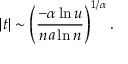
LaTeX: | t | \sim \left( { \frac { - \alpha \ln u } { n a \ln n } } \right) ^ { 1 / \alpha } .